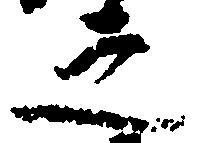
之